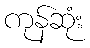
ကုန်ဆုံး